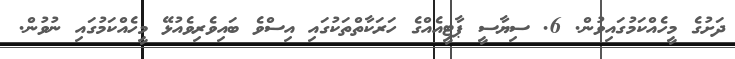
ދަށުގެ މީހެއްކަމުގައިވުން. 6. ސިޔާސީ ޕާޓީއެއްގެ ހަރަކާތްތަކުގައި އިސްވެ ބައިވެރިވެއުޅޭ މީހެއްކަމުގައި ނުވުން.